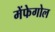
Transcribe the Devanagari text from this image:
मेंफेगोल